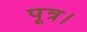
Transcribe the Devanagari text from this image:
पूत्र।